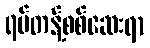
ရပ်တန့်စစ်ဆေးရာ